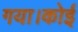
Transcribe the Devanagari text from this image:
गया।कोई